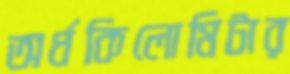
অর্ধকিলোমিটার